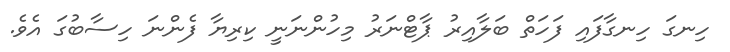
ހިނގަ ހިނގާފައި ފަހަތް ބަލާއިރު ޕާޓްނަރު މިހުންނަނީ ކިރިޔާ ފެންނަ ހިސާބުގަ އެވެ.